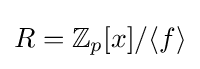
R=\mathbb {Z} _{p}[x]/\langle f\rangle